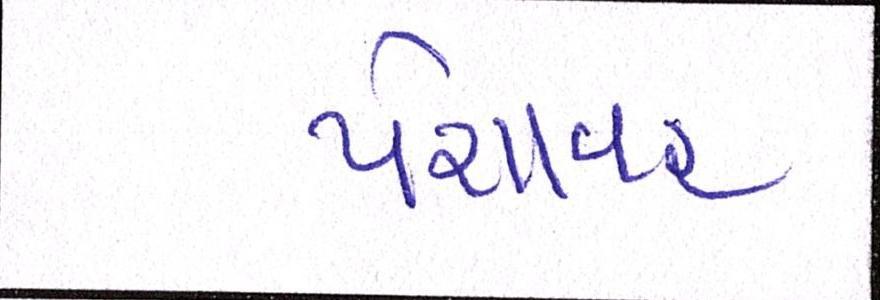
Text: પેશાવર